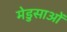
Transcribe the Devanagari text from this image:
मेडुसाओं